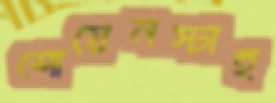
শোয়েনস্টাই